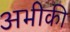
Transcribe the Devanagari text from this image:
अभीकी